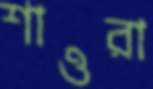
শাওরা